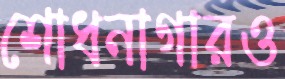
শোধনাগারও